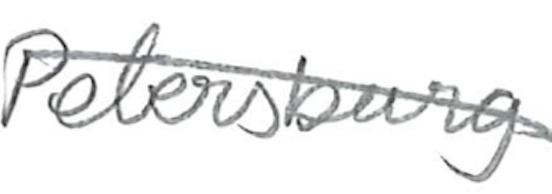
Text: Petersburg
Cross-out: diagonal
Writing tool: pencil